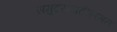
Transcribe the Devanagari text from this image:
समुद्रसपाटीलगत